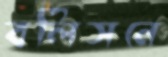
বলিসনে